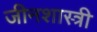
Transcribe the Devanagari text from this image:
जीनशास्त्री